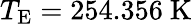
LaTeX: T_{\mathrm{{E}}}=254.356\ \mathrm{K}